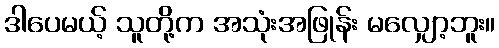
ဒါပေမယ့် သူတို့က အသုံးအဖြုန်း မလျှော့ဘူး။